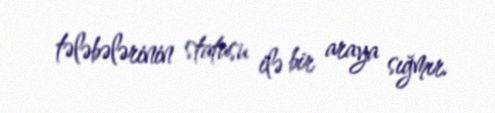
tələbələrinin statusu ilə bir araya sığmır.